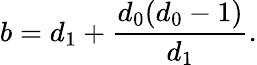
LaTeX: b=d_{1}+{\frac{d_{0}(d_{0}-1)}{d_{1}}}.